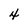
Character: 4